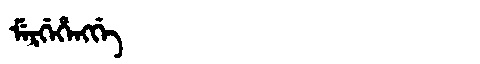
Manchu: ᠮᡝᡵᡤᡝᡥᡝᠩᡤᡝ
Romanization: MERGEHENGGE